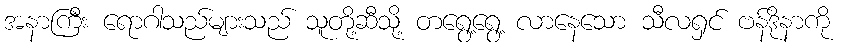
အနာကြီး ရောဂါသည်များသည် သူတို့ဆီသို့ တရွေ့ရွေ့ လာနေသော သီလရှင် ဗန်ဒိုနာကို